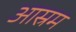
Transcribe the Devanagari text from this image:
आस्रम